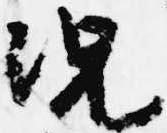
況